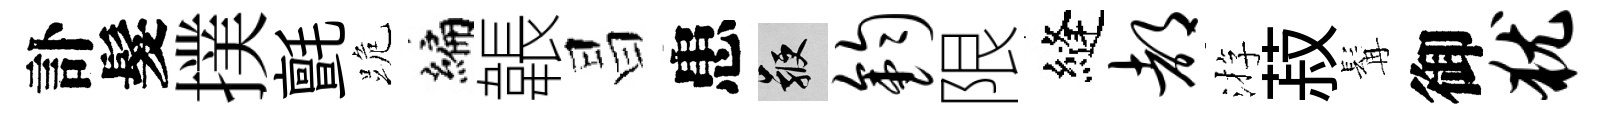
訃髮撲氈跪编韔昌患鞭钧限縫都㳺菽髯御犹